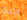
جيد